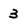
Character: 3